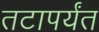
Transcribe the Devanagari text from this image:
तटापर्यंत